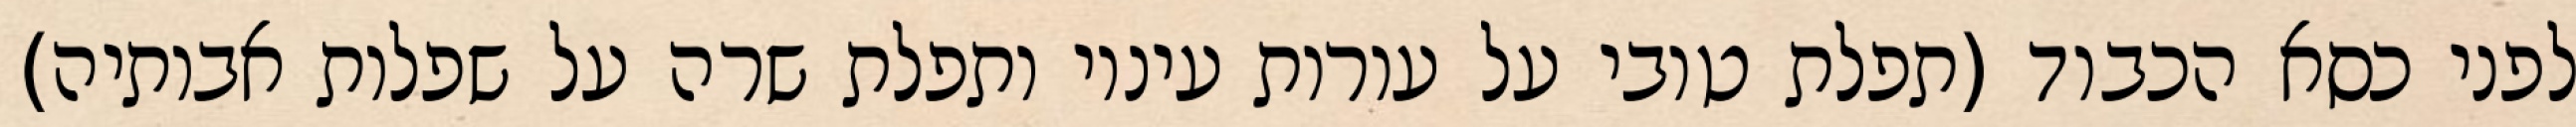
לפני כסא הכבוד (תפלת טובי על עורות עיניו ותפלת שרה על שפלות אבותיה)